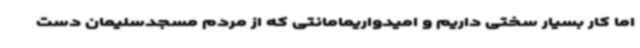
اما کار بسیار سختی داریم و امیدواریمامانتی که از مردم مسجدسلیمان دست